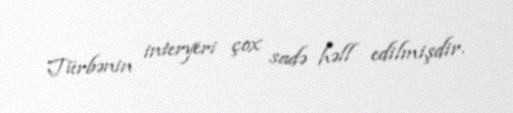
Türbənin interyeri çox sadə həll edilmişdir.